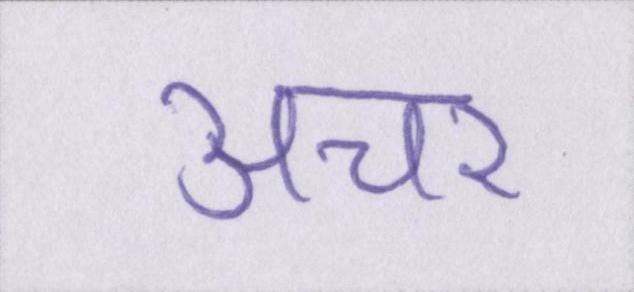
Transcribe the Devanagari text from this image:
अचर